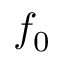
f _ { 0 }